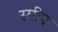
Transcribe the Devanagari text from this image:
स्मीप